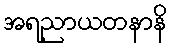
အရညာယတနာနိ